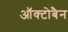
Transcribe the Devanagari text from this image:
ऑक्टोबैन